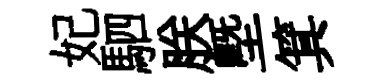
妃駟朕塈箕